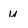
Character: u